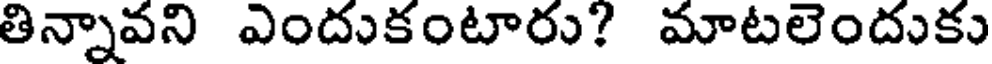
తిన్నావని ఎందుకంటారు? మాటలెందుకు